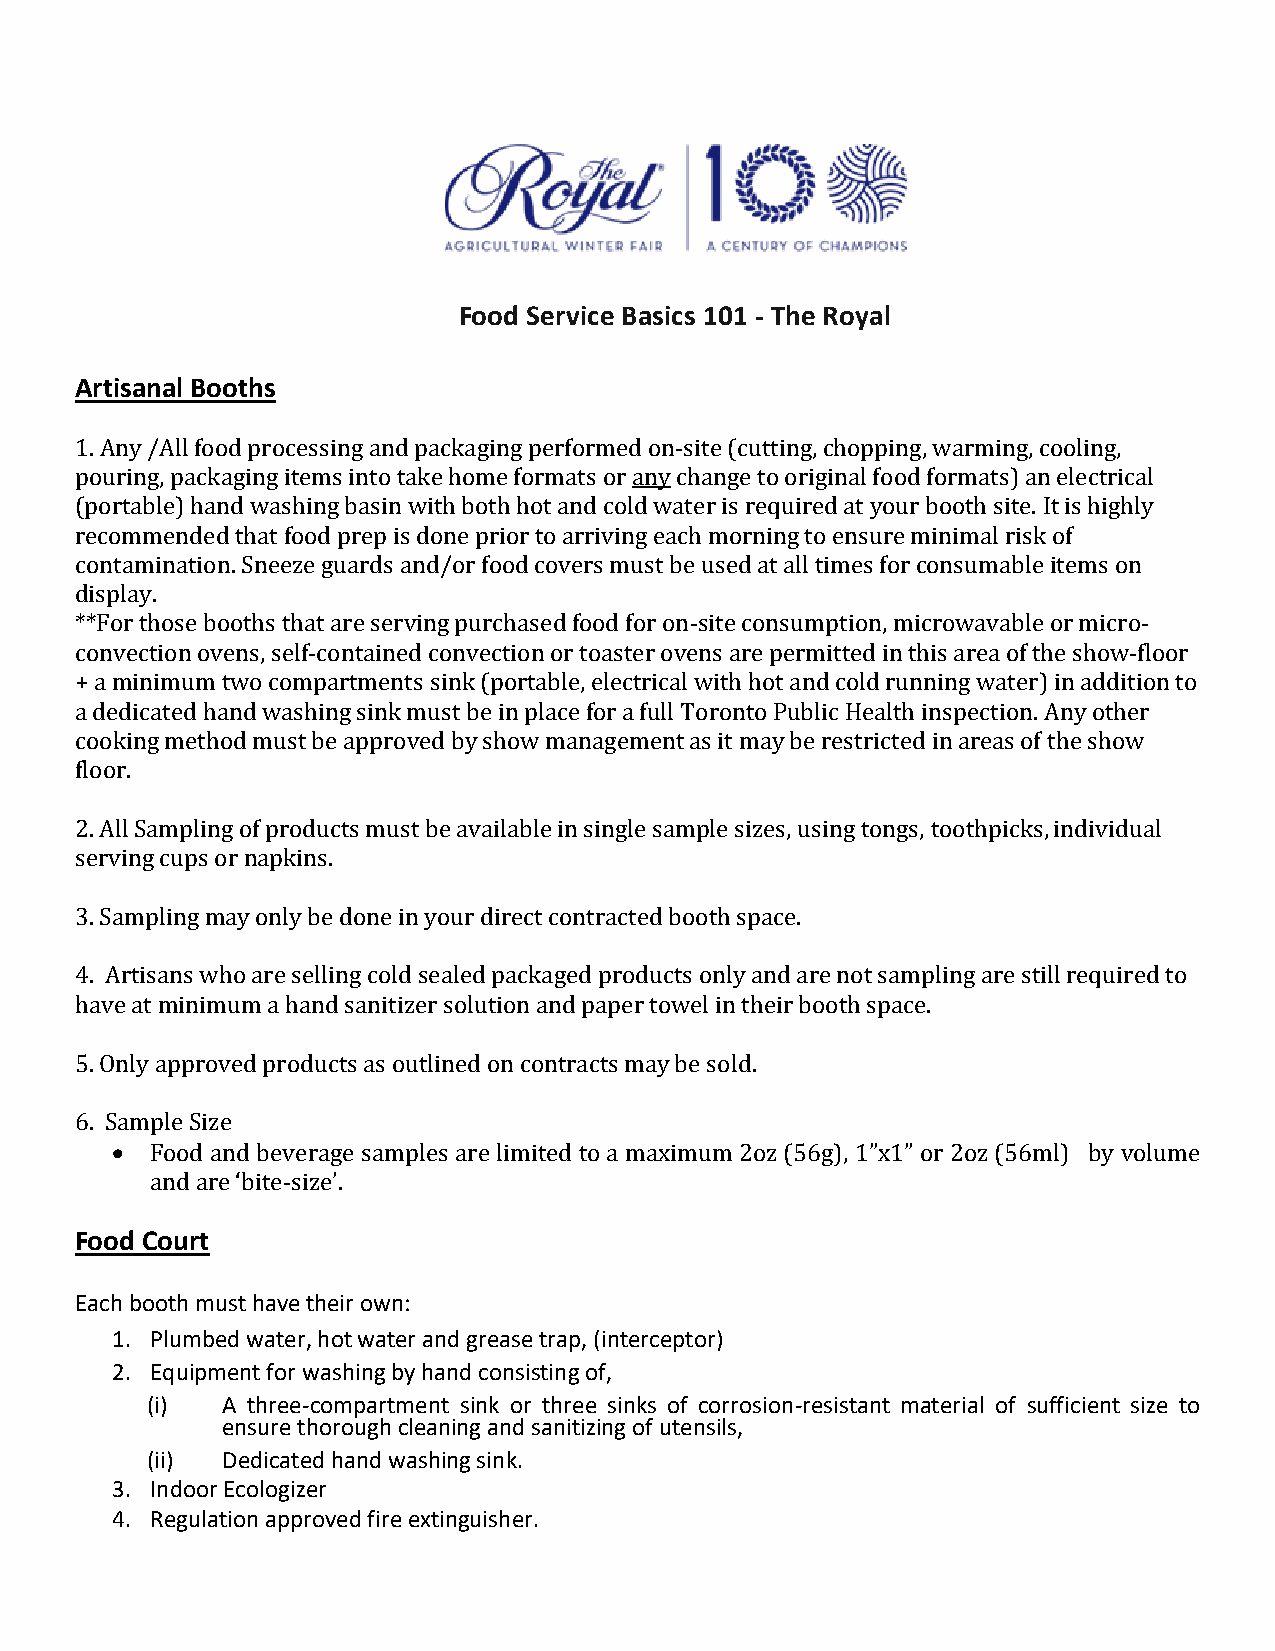
Food Service Basics 101 - The Royal
 Artisanal Booths
 1. Any /All food processing and packaging performed on-site (cutting, chopping, warming, cooling,
 pouring, packaging items into take home formats or any change to original food formats) an electrical
 (portable) hand washing basin with both hot and cold water is required at your booth site. It is highly
 recommended that food prep is done prior to arriving each morning to ensure minimal risk of
 contamination. Sneeze guards and/or food covers must be used at all times for consumable items on
 display.
 **For those booths that are serving purchased food for on-site consumption, microwavable or micro-
 convection ovens, self-contained convection or toaster ovens are permitted in this area of the show-floor
 + a minimum two compartments sink (portable, electrical with hot and cold running water) in addition to
 a dedicated hand washing sink must be in place for a full Toronto Public Health inspection. Any other
 cooking method must be approved by show management as it may be restricted in areas of the show
 floor.
 2. All Sampling of products must be available in single sample sizes, using tongs, toothpicks, individual
 serving cups or napkins.
 3. Sampling may only be done in your direct contracted booth space.
 4. Artisans who are selling cold sealed packaged products only and are not sampling are still required to
 have at minimum a hand sanitizer solution and paper towel in their booth space.
 5. Only approved products as outlined on contracts may be sold.
 6. Sample Size
 •  Food and beverage samples are limited to a maximum 2oz (56g), 1”x1” or 2oz (56ml) by volume
 and are ‘bite-size’.
 Food Court
 Each booth must have their own:
 1. Plumbed water, hot water and grease trap, (interceptor)
 2. Equipment for washing by hand consisting of,
 (i)  A three-compartment sink or three sinks of corrosion-resistant material of sufficient size to
 ensure thorough cleaning and sanitizing of utensils,
 (ii) Dedicated hand washing sink.
 3. Indoor Ecologizer
 4. Regulation approved fire extinguisher.